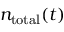
n _ { \mathrm { t o t a l } } ( t )